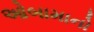
ઓબામાનો